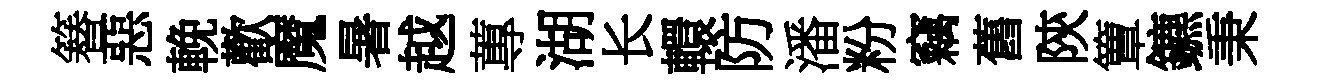
簮惡輓歡魔暑越蓴湖长轘防潘粉竊舊陝簟鑣秉